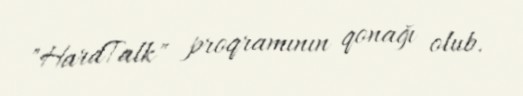
"HardTalk" proqramının qonağı olub.